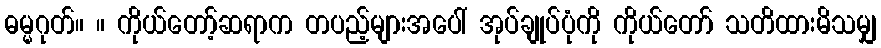
ဓမ္မဂုတ်။ ။ ကိုယ်တော့်ဆရာက တပည့်များအပေါ် အုပ်ချုပ်ပုံကို ကိုယ်တော် သတိထားမိသမျှ